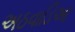
અઠવાડિઆ